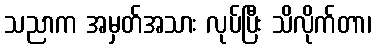
သညာက အမှတ်အသား လုပ်ပြီး သိလိုက်တာ၊